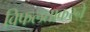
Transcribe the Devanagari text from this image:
विफलताकरने